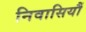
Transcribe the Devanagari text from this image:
निवासियौं